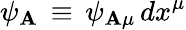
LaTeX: \psi_{\mathbf{A}}\, \equiv\, \psi_{\mathbf{A}\mu}\, dx^{\mu}